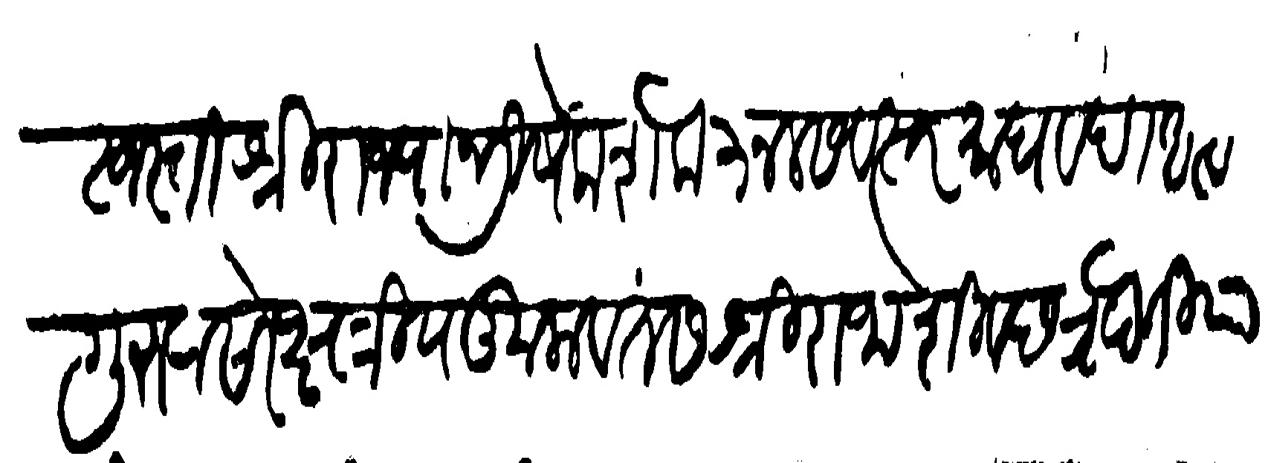
Transliteration (Devanagari): स्वस्ति श्री राज्याभिषेक णके ३ नल सवत्सर माघ वदी अस्ट गुरुवासरे क्षत्रीय कुलावतंस श्री राजा शिव छत्रपति याणी